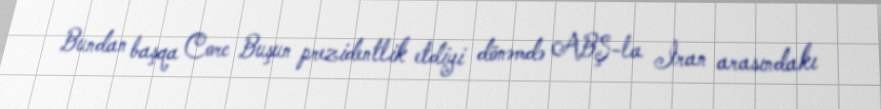
Bundan başqa Corc Buşun prezidentlik etdiyi dönəmdə ABŞ-la İran arasındakı